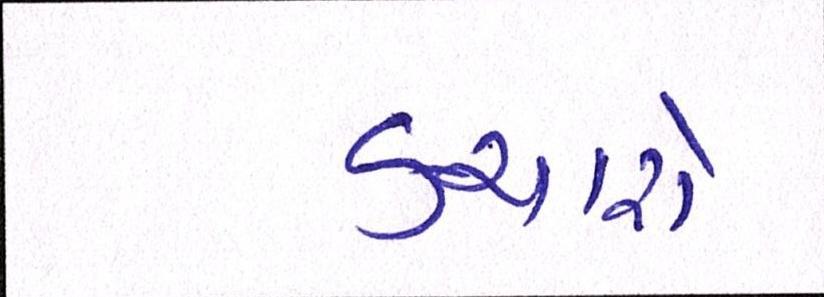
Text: કચારો